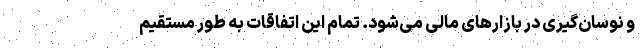
و نوسان‌گیری در بازارهای مالی می‌شود. تمام این اتفاقات به طور مستقیم